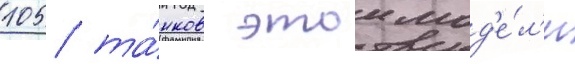
105 та́нков этои мод'е́л'и